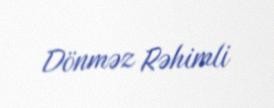
Dönməz Rəhimli